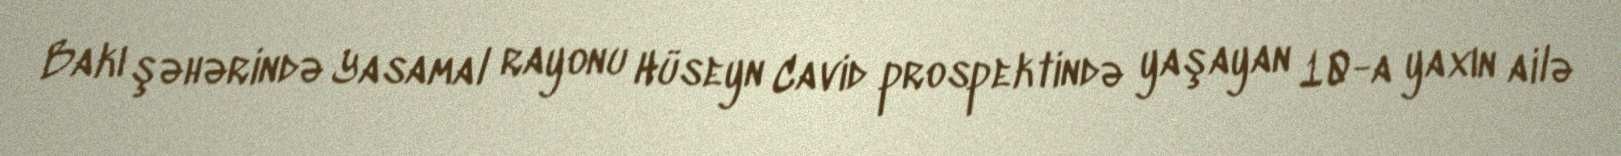
Bakı şəhərində Yasamal rayonu Hüseyn Cavid prospektində yaşayan 10-a yaxın ailə